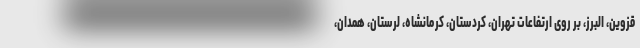
قزوین، البرز، بر روی ارتفاعات تهران، کردستان، کرمانشاه، لرستان، همدان،